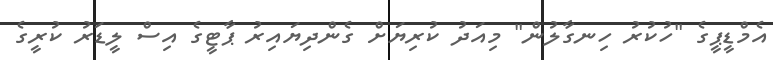
އެމްޑީޕީގެ "ހުކުރު ހިނގާލުން" މިއަދު ކުރިޔަށް ގެންދިޔައިރު ޕާޓީގެ އިސް ލީޑަރު ކުރީގެ